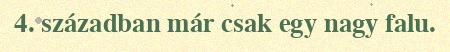
4. században már csak egy nagy falu.